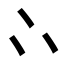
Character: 𠁼